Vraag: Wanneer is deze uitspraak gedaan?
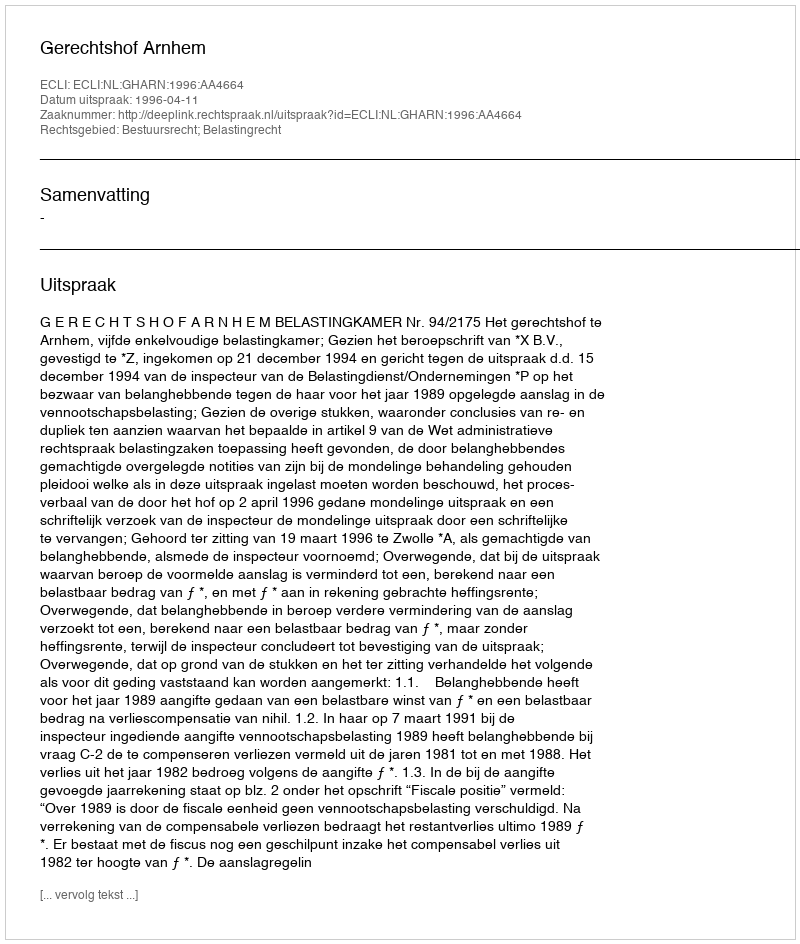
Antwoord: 1996-04-11